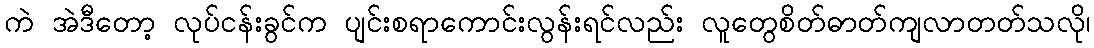
ကဲ အဲဒီတော့ လုပ်ငန်းခွင်က ပျင်းစရာကောင်းလွန်းရင်လည်း လူတွေစိတ်ဓာတ်ကျလာတတ်သလို၊